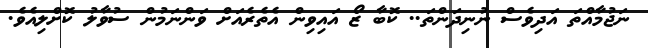
ނަޖުމާއްތަ އަދިވެސް ނުނިދަންތަ.. ކޮބާ ޒޯ އައިވިން އެތެރެއަށް ވަންނަމުން ސުވާލު ކޮށްލިއެވެ.